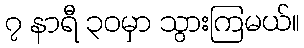
၇ နာရီ ၃၀မှာ သွားကြမယ်။